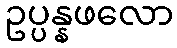
ဥပ္ပန္နဖလော